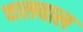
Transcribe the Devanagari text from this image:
चालवाल